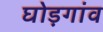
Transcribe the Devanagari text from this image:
घोड़गांव